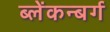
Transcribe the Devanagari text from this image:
ब्लेंकन्बर्ग